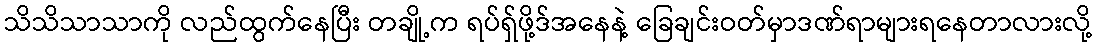
သိသိသာသာကို လည်ထွက်နေပြီး တချို့က ရပ်ရှ်ဖို့ဒ်အနေနဲ့ ခြေချင်းဝတ်မှာဒဏ်ရာများရနေတာလားလို့